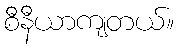
စီနီယာကျတယ်။